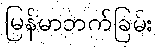
မြန်မာဘက်ခြမ်း